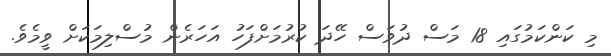
މި ކަންކަމުގައި 18 މަސް ދުވަސް ހޭދަ ކުރުމަށްފަހު އަހަރެން މުސްލިމަކަށް ވީމެވެ.